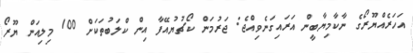
އަހަރެއްޔޫރޯގެ ނާކާމިޔާބީން އަރައިގަނެވިއްޖެ: ޖަރުމަން ކޯޗުޔުއޭފާ އިން ކްލަބުތަކަށް 100 މިލިއަން ޔޫރޯ